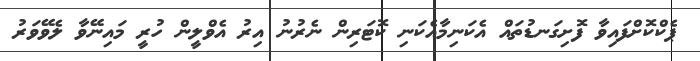
ޕެކްކޮށްފައިވާ ފޮށިގަނޑުތައް އެކަނިމާއެކަނި ކޮޓަރިން ނެރުނު އިރު އެވްލީން ހުރީ މައިނޭވާ ލެވޭވަރު